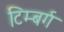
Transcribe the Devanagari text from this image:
टिम्बर्ग